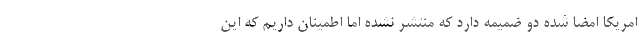
امريكا امضا شده دو ضميمه دارد كه منتشر نشده اما اطمينان داريم كه اين